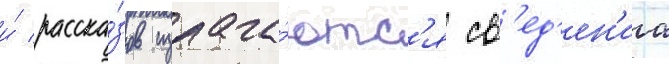
и́ расска́зов излага́ютс'я св'ед'ен'иа